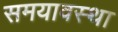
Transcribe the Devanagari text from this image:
समयावस्था